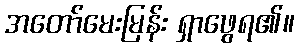
အတော်မေးမြန်း ရှာဖွေရ၏။